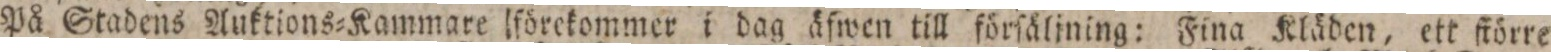
På Stadens Auktions=Kammare förekommer i dag äfwen till förſälining: Fina Kläden, ett ſtörre